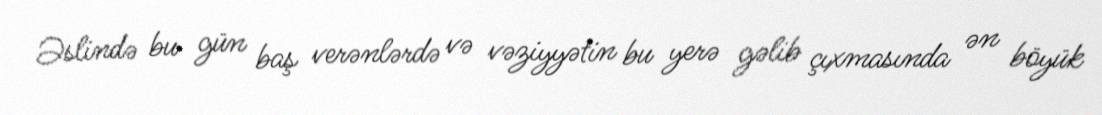
Əslində bu gün baş verənlərdə və vəziyyətin bu yerə gəlib çıxmasında ən böyük